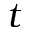
t